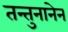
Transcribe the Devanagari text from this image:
तन्तुनानेन